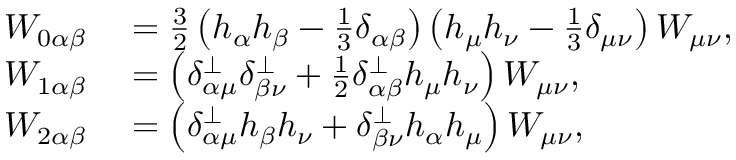
\begin{array} { r l } { W _ { 0 \alpha \beta } } & { { } = \frac { 3 } { 2 } \left( h _ { \alpha } h _ { \beta } - \frac { 1 } { 3 } \delta _ { \alpha \beta } \right) \left( h _ { \mu } h _ { \nu } - \frac { 1 } { 3 } \delta _ { \mu \nu } \right) W _ { \mu \nu } , } \\ { W _ { 1 \alpha \beta } } & { { } = \left( \delta _ { \alpha \mu } ^ { \perp } \delta _ { \beta \nu } ^ { \perp } + \frac { 1 } { 2 } \delta _ { \alpha \beta } ^ { \perp } h _ { \mu } h _ { \nu } \right) W _ { \mu \nu } , } \\ { W _ { 2 \alpha \beta } } & { { } = \left( \delta _ { \alpha \mu } ^ { \perp } h _ { \beta } h _ { \nu } + \delta _ { \beta \nu } ^ { \perp } h _ { \alpha } h _ { \mu } \right) W _ { \mu \nu } , } \end{array}